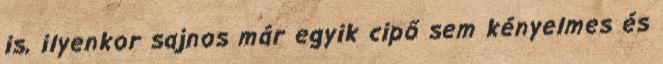
is, ilyenkor sajnos már egyik cipő sem kényelmes és